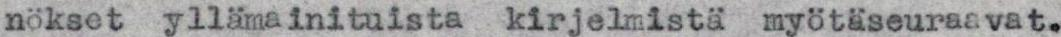
nökset yllämainituista kirjelmistä myötäseuraavat.